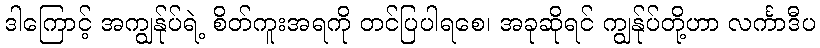
ဒါကြောင့် အကျွန်ုပ်ရဲ့ စိတ်ကူးအရကို တင်ပြပါရစေ၊ အခုဆိုရင် ကျွန်ုပ်တို့ဟာ လင်္ကာဒီပ